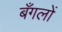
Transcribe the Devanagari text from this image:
बँगलों